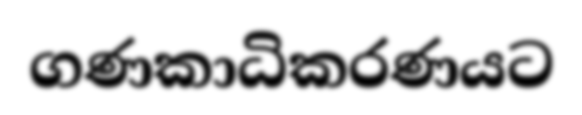
ගණකාධිකරණයට